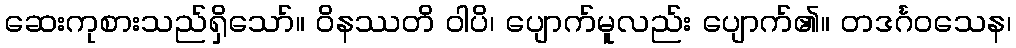
ဆေးကုစားသည်ရှိသော်။ ဝိနဿတိ ဝါပိ၊ ပျောက်မူလည်း ပျောက်၏။ တဒင်္ဂဝသေန၊